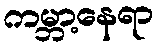
ကမ္ဘာ့နေရာ